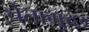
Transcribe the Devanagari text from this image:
चेतागुच्छ